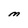
Character: M